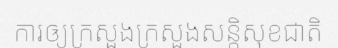
ការឲ្យក្រសួងក្រសួងសន្តិសុខជាតិ